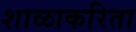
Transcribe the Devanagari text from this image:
शाळाकरिता